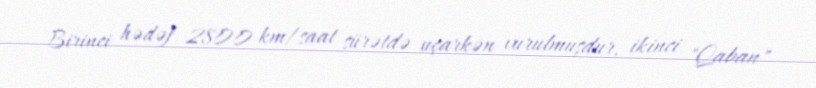
Birinci hədəf 2800 km/saat sürətdə uçarkən vurulmuşdur, ikinci "Qaban"